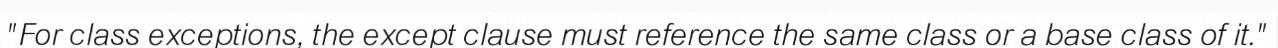
"For class exceptions, the except clause must reference the same class or a base class of it."